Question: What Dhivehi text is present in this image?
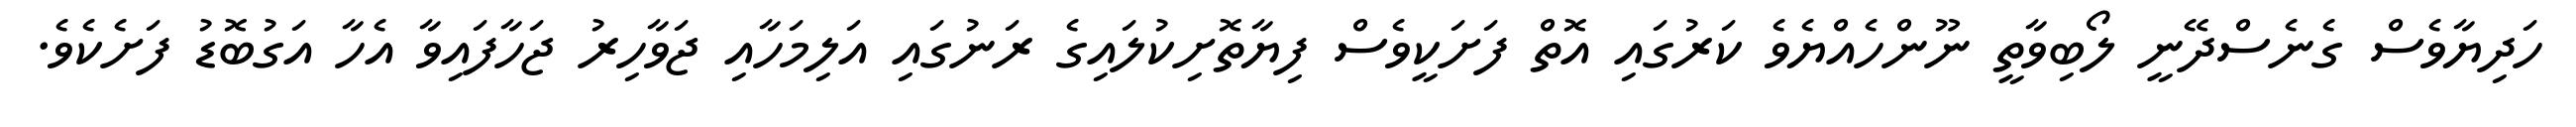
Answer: ހަދިޔާވެސް ގެނެސްދޭނީ ލޯބިވާތީ ނޫންހެއްޔެވެ ކަރުގައި އޮތް ފަށަކީވެސް ފިޔާތޮށިކުލައިގެ ރަނުގައި އަލިމަހާއި ޖަވާހިރު ޖަހާފައިވާ އެހާ އަގުބޮޑު ފަށެކެވެ.